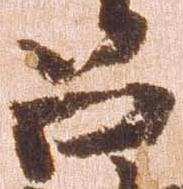
召